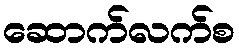
ဆောက်လက်စ